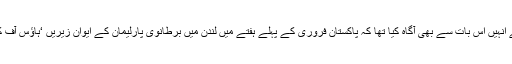
پاکستانی وزیرِ خارجہ نے منگل کے روز میر واعظ عمر کو فون کر کے اُنہیں اس بات سے بھی آگاہ کیا تھا کہ پاکستان فروری کے پہلے ہفتے میں لندن میں برطانوی پارلیمان کے ایوان زیریں ‘ہاؤس آف کامنز ‘ میں کشمیر پر ایک کانفرنس اور ایک نمائش کا اہتمام کر رہا ہے۔